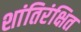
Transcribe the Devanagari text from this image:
शांतिरंक्षित